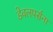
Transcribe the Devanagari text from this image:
डेवलपर्सना